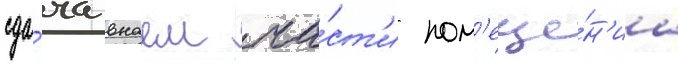
сда́ча внаем ча́ст'и пом'еще́н'иа